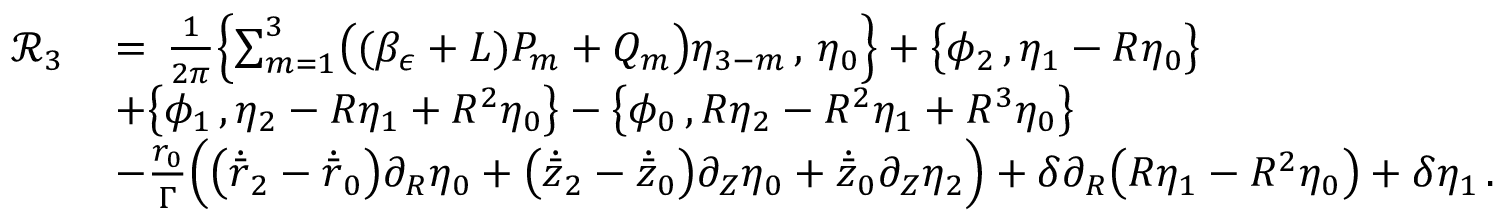
\begin{array} { r l } { \mathcal { R } _ { 3 } \, } & { = \, \frac { 1 } { 2 \pi } \Bigl \{ \sum _ { m = 1 } ^ { 3 } \bigl ( ( \beta _ { \epsilon } + L ) P _ { m } + Q _ { m } \bigr ) \eta _ { 3 - m } \, , \, \eta _ { 0 } \Bigr \} + \bigl \{ \phi _ { 2 } \, , \eta _ { 1 } - R \eta _ { 0 } \bigr \} } \\ & { + \bigl \{ \phi _ { 1 } \, , \eta _ { 2 } - R \eta _ { 1 } + R ^ { 2 } \eta _ { 0 } \bigr \} - \bigl \{ \phi _ { 0 } \, , R \eta _ { 2 } - R ^ { 2 } \eta _ { 1 } + R ^ { 3 } \eta _ { 0 } \bigr \} } \\ & { - \frac { r _ { 0 } } { \Gamma } \Bigr ( \bigl ( \dot { \bar { r } } _ { 2 } - \dot { \bar { r } } _ { 0 } \bigr ) \partial _ { R } \eta _ { 0 } + \bigl ( \dot { \bar { z } } _ { 2 } - \dot { \bar { z } } _ { 0 } \bigr ) \partial _ { Z } \eta _ { 0 } + \dot { \bar { z } } _ { 0 } \partial _ { Z } \eta _ { 2 } \Bigr ) + \delta \partial _ { R } \bigl ( R \eta _ { 1 } - R ^ { 2 } \eta _ { 0 } \bigr ) + \delta \eta _ { 1 } \, . } \end{array}